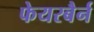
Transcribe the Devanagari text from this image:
फेयरबैर्न